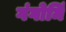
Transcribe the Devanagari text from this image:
गंगोर्मि